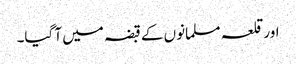
اورقلعہ مسلمانوں کے قبضہ میں آ گیا۔